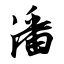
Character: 潘